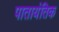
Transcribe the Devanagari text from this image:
पातायंतिक